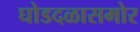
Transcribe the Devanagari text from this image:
घोडदळासमोर